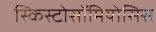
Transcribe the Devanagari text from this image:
स्किस्टोसॉमियोसिस